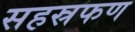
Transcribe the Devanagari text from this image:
सहस्रफण